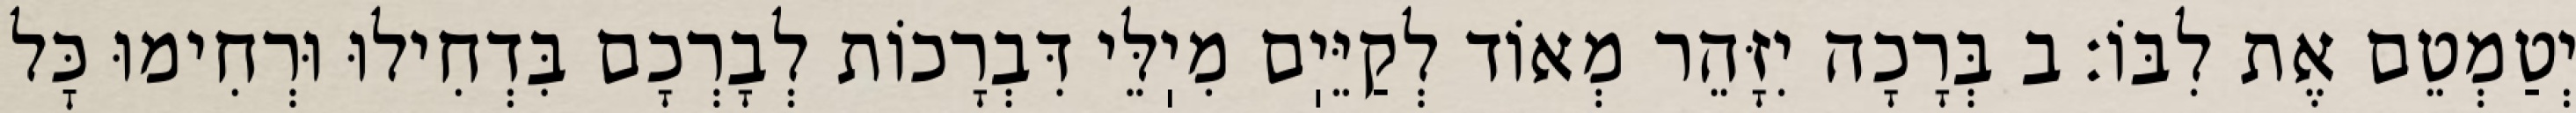
יְטַמְטֵם אֶת לִבּוֹ: ב בְּרָכָה יִזָּהֵר מְאוֹד לְקַיֵּיֽם מִיֽלֵּי דִּבְרָכוֹת לְבָרְכָם בִּדְחִילוּ וּרְחִימוּ כׇּל